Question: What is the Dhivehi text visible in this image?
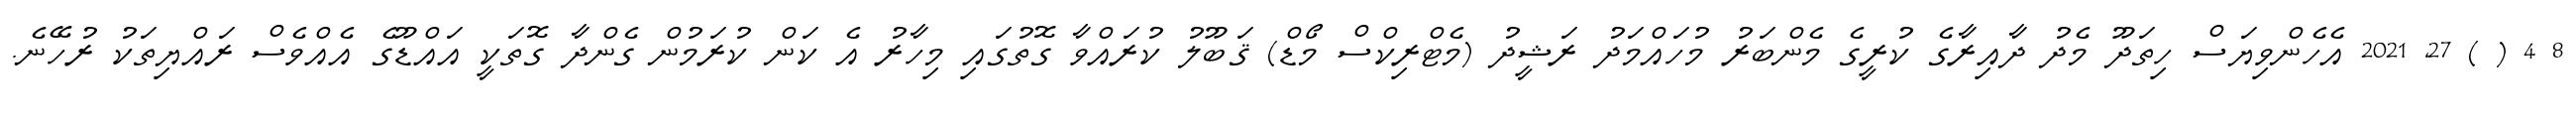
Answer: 8 4 ( ) 27, 2021 އެހެންވިޔަސް ހިތަދޫ މެދު ދާއިރާގެ ކުރީގެ މެންބަރު މުހައްމަދު ރަޝީދު (މެޓްރިކްސް މޯޑް) ޤަބޫލު ކުރައްވާ ގޮތުގައި މިހާރު އެ ކަން ކުރަމުން ގެންދާ ގޮތަކީ އައްޑޫގެ އެއްވެސް ރައްޔިތަކު ރުހޭނެ.